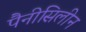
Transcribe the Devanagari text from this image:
पैनीसिलीन